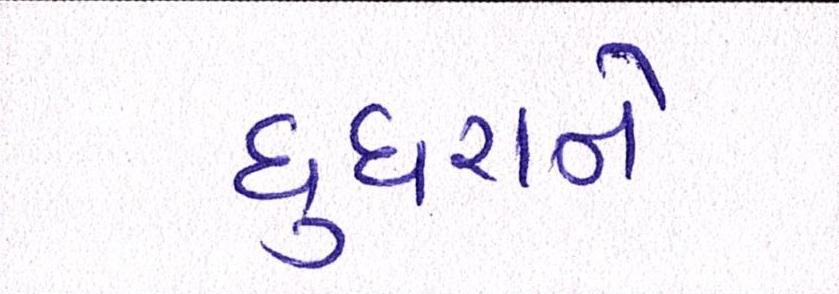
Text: ઘુઘરાને